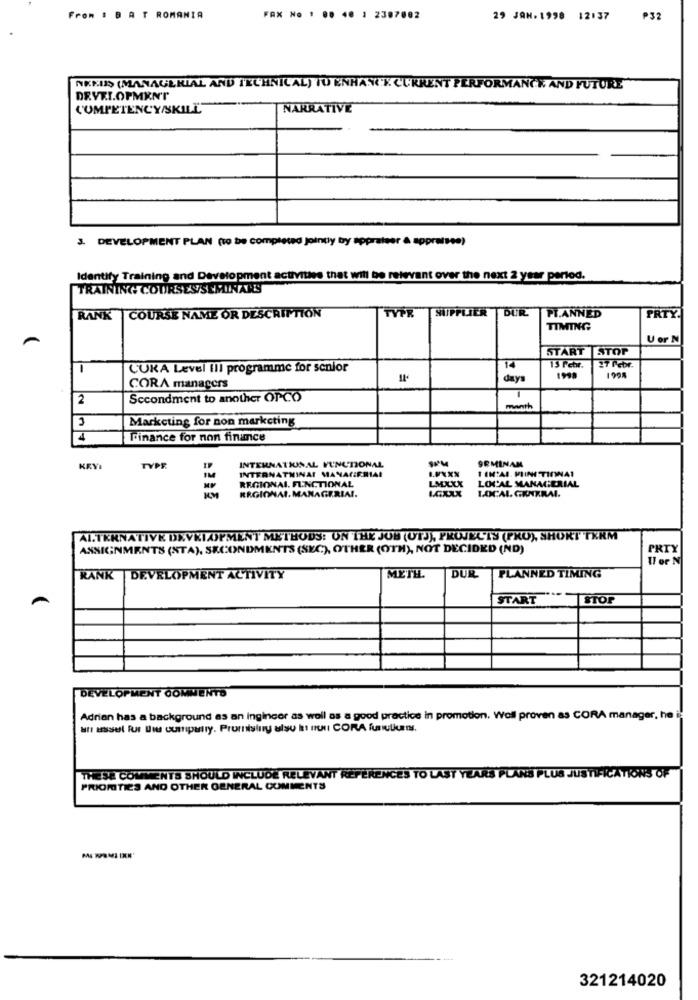
From : B A T ROMANIA
FAX No 1 00 40 1 2387082
29 JAN.1998 12:37
₱32
AKKUŞ (MANAGERIAL AND TECHNICAL) TU ENHANCE CURRENT PERFORMANCE AND FUTURE
DEVELOPMENT
COMPETENCY/SKILL"
NARRATIVE
3. DEVELOPMENT PLAN (to be completed jointy by appraiser & appraisee)
Identify Training and Development activities that will be relevant over the next 2 year period.
TRAINING COURSESSEMINARS
TYPR
SUPPLIER DUR
RANK |COURSE NAME OR DESCRITTION
PLANNED
PRTY.
TIMING
U or N
START STOP
-
CUKA Level III programme for senior
14
13 Petr.
27 Pebr.
days
1999
1998
CORA managers
2
Secondment to another OPCO
month
3
Marketing for non marketing
4
Finance for non finance
9RMINAM
KRVI
TYPE
INTERNATIONAL FUNCTIONAL
1 IN:AI. MIINITINNAI
INTERNATNINAI MANAGERMIA!
REGIONAL. FUNCTIONAL
LOCAL MANAGERIAL
REGIONAL. MANAGERIAL.
AI. M
LMXXX
LOCAL CENTRAL.
KM
ALTERNATIVE DEVELOPMENT METHODS: ON THE JOB (UTJ), PROJEL'IS (PRO), SHORT TERM
ASSIGNMENTS (STA), SECONDMEN'TS (SEC), OTHER (OTH), NOT DECIDED (ND)
PRTY
Il or N
RANK DEVELOPMENT ACTIVITY
METH.
DUR
PLANNED TIMING
A
START
STOP
DEVELOPMENT COMMENTO
Adrian has a background as an ingincor as well as a good practice in promotion. Woll proven as CORA manager, he i
THESE COMMENTS SHOULD INCLUDE RELEVANT REFERENCES TO LAST YEARS PLANS PLUS JUSTIFICATIONS OF
PRIORITIES AND OTHER GENERAL COMMENTS
321214020